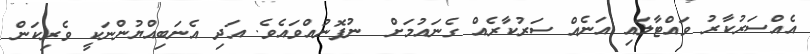
އެއްސަރުކާރު ވައްޓާލައި އަނެއް ސަރުކާރެއް ގެނައުމަށް  ނުފޮނުއްވައެވެ. އަދި އެނަބިއްޔުންނަކީ ވެރިކަން